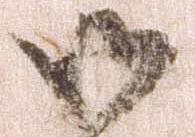
御